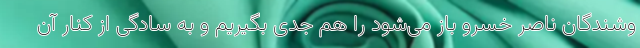
وشندگان ناصر خسرو باز می‌شود را هم جدی بگیریم و به سادگی از کنار آن